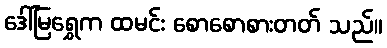
ဒေါ်မြရွှေက ထမင်း စောစောစားတတ် သည်။